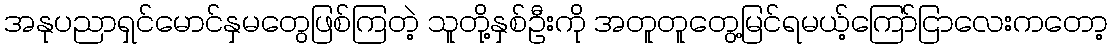
အနုပညာရှင်မောင်နှမတွေဖြစ်ကြတဲ့ သူတို့နှစ်ဦးကို အတူတူတွေ့မြင်ရမယ့်ကြော်ငြာလေးကတော့